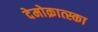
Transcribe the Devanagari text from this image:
देमोक्रात्स्का